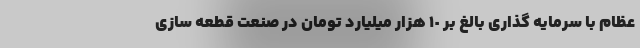
عظام با سرمایه گذاری بالغ بر ١٠ هزار میلیارد تومان در صنعت قطعه سازی